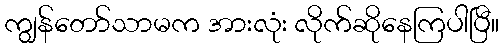
ကျွန်တော်သာမက အားလုံး လိုက်ဆိုနေကြပါပြီ။